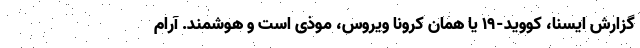
گزارش ایسنا، کووید-۱۹ یا همان کرونا ویروس، موذی است و هوشمند. آرام